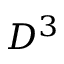
D ^ { 3 }